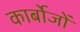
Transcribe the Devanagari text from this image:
कार्बोजों